Physiological action of certain drugs in tablet form - Number 52A
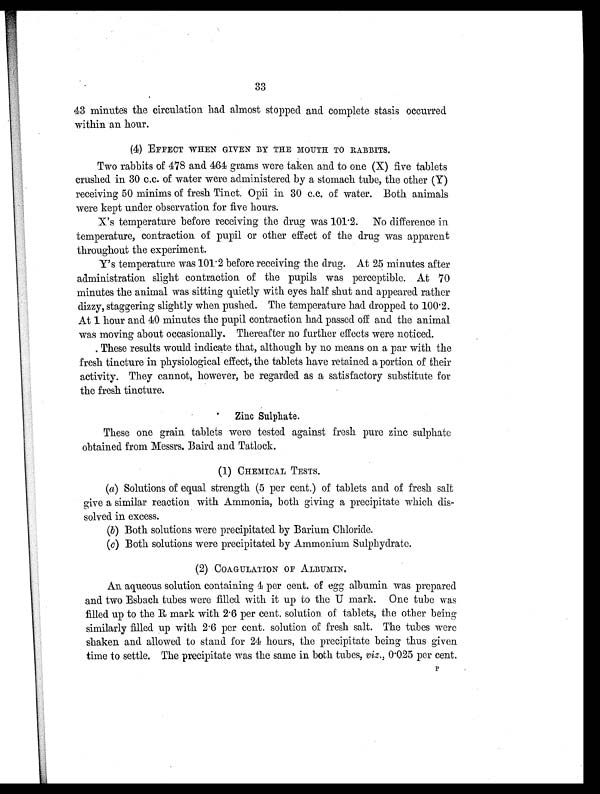
33
43 minutes the circulation had almost stopped and complete stasis occurred
within an hour.
(4) EFFECT WHEN GIVEN BY THE MOUTH TO RABBITS.
Two rabbits of 478 and 464 grams were taken and to one (X) five tablets
crushed in 30 c.c. of water were administered by a stomach tube, the other (Y)
receiving 50 minims of fresh Tinct. Opii in 30 c.c. of water. Both animals
were kept under observation for five hours.
X's temperature before receiving the drug was 101.2. No difference in
temperature, contraction of pupil or other effect of the drug was apparent
throughout the experiment.
Y's temperature was 101.2 before receiving the drug. At 25 minutes after
administration slight contraction of the pupils was perceptible. At 70
minutes the animal was sitting quietly with eyes half shut and appeared rather
dizzy, staggering slightly when pushed. The temperature had dropped to 100.2.
At 1 hour and 40 minutes the pupil contraction had passed off and the animal
was moving about occasionally. Thereafter no further effects were noticed.
These results would indicate that, although by no means on a par with the
fresh tincture in physiological effect, the tablets have retained a portion of their
activity. They cannot, however, be regarded as a satisfactory substitute for
the fresh tincture.
Zinc Sulphate.
These one grain tablets were tested against fresh pure zinc sulphate
obtained from Messrs. Baird and Tatlock.
(1) CHEMICAL TESTS.
( a )
S o l u t i o n s o f e q u a l s t r e n g t h ( 5 p e r c e n t ) o f t a b l e t s a n d o f f r e s h s a l t
give a similar reaction with Ammonia, both giving a precipitate which dis
- s o l v e d i n e x c e s s .
( b )
B o t h s o l u t i o n s w e r e p r e c i p i t a t e d b y B a r i u m C h l o r i d e .
( c )
B o t h s o l u t i o n s w e r e p r e c i p i t a t e d b y A m m o n i u m S u l p h y d r a t e .
(2) COAGULATION OF ALBUMIN.
An aqueous solution containing 4 per cent. of egg albumin was prepared
and two Esbach tubes were filled with it up to the U mark. One tube was
filled up to the R mark with 2.6 per cent. solution of tablets, the other being
similarly filled up with 2.6 per cent. solution of fresh salt. The tubes were
shaken and allowed to stand for 24 hours, the precipitate being thus given
time to settle. The precipitate was the same in both tubes, viz., 0.025 per cent.